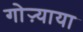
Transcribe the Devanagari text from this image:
गोऱ्याया